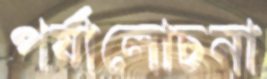
পর্যালোচনা